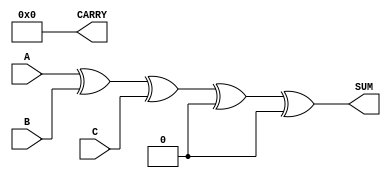
module CSA (
    input [N-1:0] A, // First operand
    input [N-1:0] B, // Second operand
    input [N-1:0] C, // Third operand
    output [N-1:0] SUM, // Sum output
    output [N-1:0] CARRY // Carry output
);
    parameter N = 8; // Width of the inputs

    // Full Adder for three inputs
    function [N-1:0] full_adder(
        input [N-1:0] A, 
        input [N-1:0] B, 
        input [N-1:0] C
    );
        full_adder = {((A & B) | (B & C) | (A & C)), (A ^ B ^ C)};
    endfunction

    // Stage 1
    wire [N-1:0] sum_stage1, carry_stage1;
    assign {carry_stage1, sum_stage1} = full_adder(A, B, C);

    // Stage 2 - You can add more stages as needed
    wire [N-1:0] sum_stage2, carry_stage2;
    assign {carry_stage2, sum_stage2} = full_adder(sum_stage1, carry_stage1, {N{1'b0}}); // Example for adding carry

    // Final outputs
    assign SUM = sum_stage2; // Final sum
    assign CARRY = carry_stage2; // Final carry

endmodule